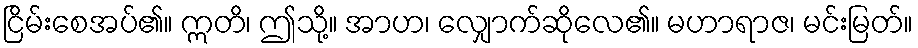
ငြိမ်းစေအပ်၏။ ဣတိ၊ ဤသို့။ အာဟ၊ လျှောက်ဆိုလေ၏။ မဟာရာဇ၊ မင်းမြတ်။